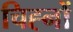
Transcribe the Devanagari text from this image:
चिह्‍नों